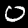
Digit: 0